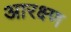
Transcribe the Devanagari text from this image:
आरक्ष्ण